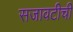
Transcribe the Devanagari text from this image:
सजावटीची